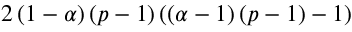
2 \left( 1 - \alpha \right) \left( p - 1 \right) \left( \left( \alpha - 1 \right) \left( p - 1 \right) - 1 \right)